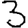
Digit: 3